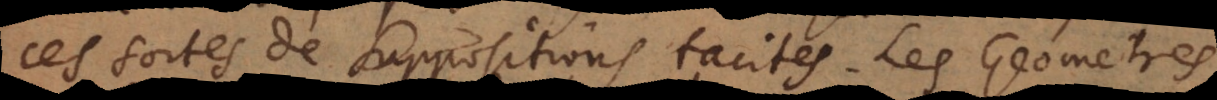
ces sortes de suppositions tacites. Les Geometres